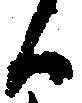
候